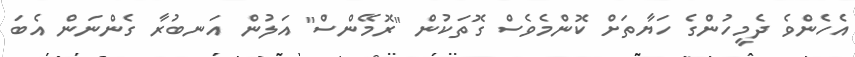
އެހެންވެ ދެމީހުންގެ ހަޔާތަށް ކޮންމެވެސް ގޮތަކުން "ރޮމޭންސް" އަލުން އަނބުރާ ގެންނަން އެބަ